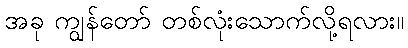
အခု ကျွန်တော် တစ်လုံးသောက်လို့ရလား။